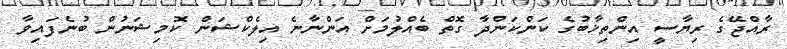
ރާއްޖޭގެ ރިޔާސީ އިންތިޚާބުގެ ކަންކަންދާ ގޮތް ބެއްލުމަށް އަންނާނެ އިލެކްޝަން ކޮމިޝަނުން ބުނެފައިވާ